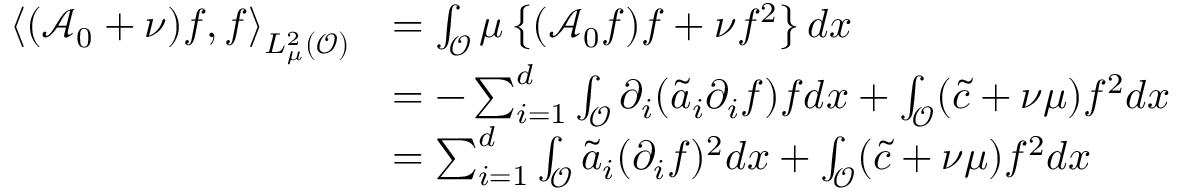
\begin{array} { r l } { \left< ( \mathcal { A } _ { 0 } + \nu ) f , f \right> _ { L _ { \mu } ^ { 2 } ( \mathcal { O } ) } } & { = \int _ { \mathcal { O } } \mu \left\{ ( \mathcal { A } _ { 0 } f ) f + \nu f ^ { 2 } \right\} d x } \\ & { = - \sum _ { i = 1 } ^ { d } \int _ { \mathcal { O } } \partial _ { i } ( \tilde { a } _ { i } \partial _ { i } f ) f d x + \int _ { \mathcal { O } } ( \tilde { c } + \nu \mu ) f ^ { 2 } d x } \\ & { = \sum _ { i = 1 } ^ { d } \int _ { \mathcal { O } } \tilde { a } _ { i } ( \partial _ { i } f ) ^ { 2 } d x + \int _ { \mathcal { O } } ( \tilde { c } + \nu \mu ) f ^ { 2 } d x } \end{array}